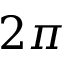
2 \pi